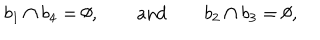
LaTeX: b _ { 1 } \cap b _ { 4 } = \emptyset , \qquad \mathrm { a n d } \qquad b _ { 2 } \cap b _ { 3 } = \emptyset ,